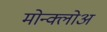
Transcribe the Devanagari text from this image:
मोन्क्लोअ